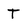
Character: T